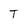
Character: T